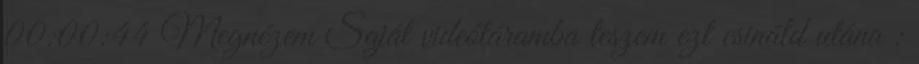
00:00:44 Megnézem Saját videótáramba teszem ezt csináld utána :